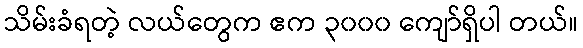
သိမ်းခံရတဲ့ လယ်တွေက ဧက ၃၀၀၀ ကျော်ရှိပါ တယ်။